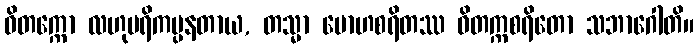
ဝိတက္ကော လဟုပရိကပ္ပနတာယ, တသ္မာ မောဟစရိတဿ ဝိတက္ကစရိတော သဘာဂေါတိ။